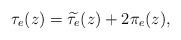
LaTeX: \begin{align*}\tau_{e}(z)=\widetilde{\tau_{e}}(z)+2\pi_{e}(z),\end{align*}